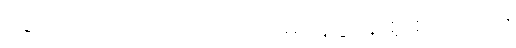
ရောင်ပြိုးပြက်သည်။ ။ ဖိုလ်မဂ်နိဗ္ဗာန် စူးစူးတည်း။